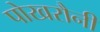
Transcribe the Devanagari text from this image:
पोखरौनी